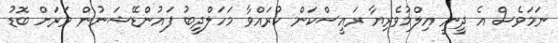
ނަމަވެސް އެ ދީނީ އިލްމުވެރިޔާ ރައީސްކަން ކުރައްވާ މަހަލްދީބު ފައުންޑޭޝަނުން ވަރަށް ބޮޑު